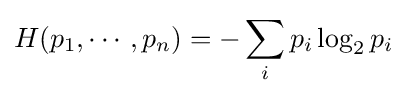
H(p_{1},\cdots ,p_{n})=-\sum _{i}p_{i}\log _{2}p_{i}